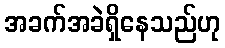
အခက်အခဲရှိနေသည်ဟု